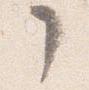
了